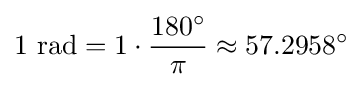
1{\text{ rad}}=1\cdot {\frac {180^{\circ }}{\pi }}\approx 57.2958^{\circ }